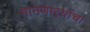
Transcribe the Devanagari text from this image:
मानणार्‍यांचा